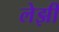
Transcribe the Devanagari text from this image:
लेझी